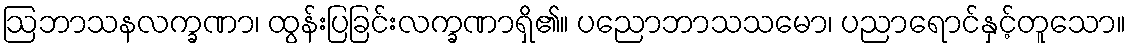
ဩဘာသနလက္ခဏာ၊ ထွန်းပြခြင်းလက္ခဏာရှိ၏။ ပညောဘာသသမော၊ ပညာရောင်နှင့်တူသော။